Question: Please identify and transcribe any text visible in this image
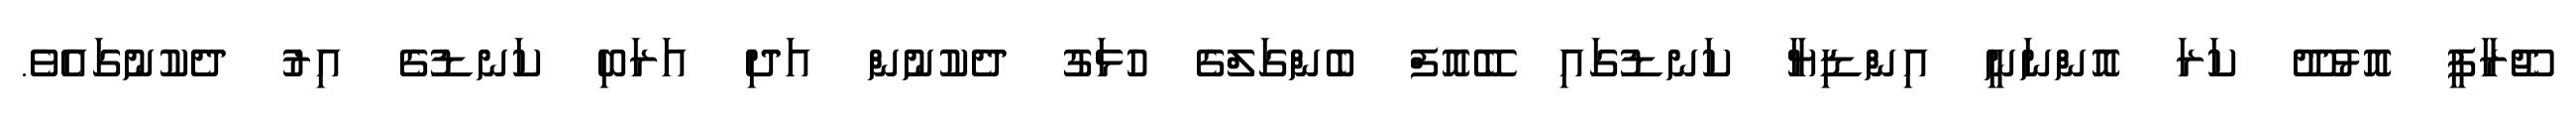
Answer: ޖޫރާފީ އޮޅުދޫ ކަރަ އޮންނަނީ އިންޑިޔާ ކަނޑުގައި ބޭއޮފް ބެންގަލްގެ ހުޅަގު ދެކުނުން އަދި އަރަބި ކަނޑުގެ އިރު ދެކުނުގައެވެ.